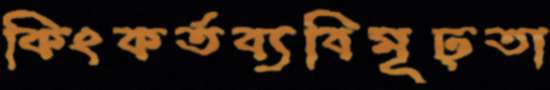
কিংকর্তব্যবিমূঢ়তা